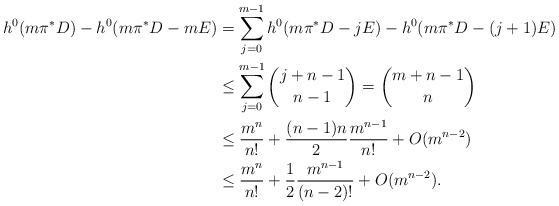
\begin{align*}h^0(m\pi^*D)-h^0(m\pi^*D-mE)&=\sum_{j=0}^{m-1}h^0(m\pi^*D-jE)-h^0(m\pi^*D-(j+1)E)\\&\leq \sum_{j=0}^{m-1}\binom{j+n-1}{n-1}=\binom{m+n-1}{n}\\&\leq \frac{m^n}{n!}+\frac{(n-1)n}{2}\frac{m^{n-1}}{n!}+O(m^{n-2})\\&\leq \frac{m^n}{n!}+\frac{1}{2}\frac{m^{n-1}}{(n-2)!}+O(m^{n-2}).\end{align*}